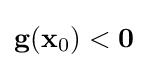
\mathbf {g} (\mathbf {x} _{0})<\mathbf {0}